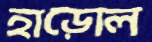
হাড়োল